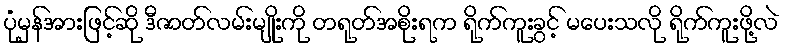
ပုံမှန်အားဖြင့်ဆို ဒီဇာတ်လမ်းမျိုးကို တရုတ်အစိုးရက ရိုက်ကူးခွင့် မပေးသလို ရိုက်ကူးဖို့လဲ